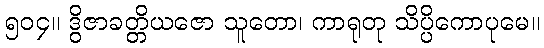
၅၀၄။ ဒွိဇာခတ္တိယဇော သူတော၊ ကာရုတု သိပ္ပိကောပုမေ။